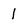
Character: 1